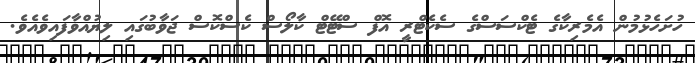
ހުށަހެޅުމުން އެމެރިކާގެ ޓެކްސަސްގެ ސެކެޓްރީ އޮފް ސްޓޭޓް ކާލޯސް ކެސްކޮސް ޖަވާބުގައި ލިޔުއްވާފައިވެއެވެ.